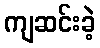
ကျဆင်းခဲ့